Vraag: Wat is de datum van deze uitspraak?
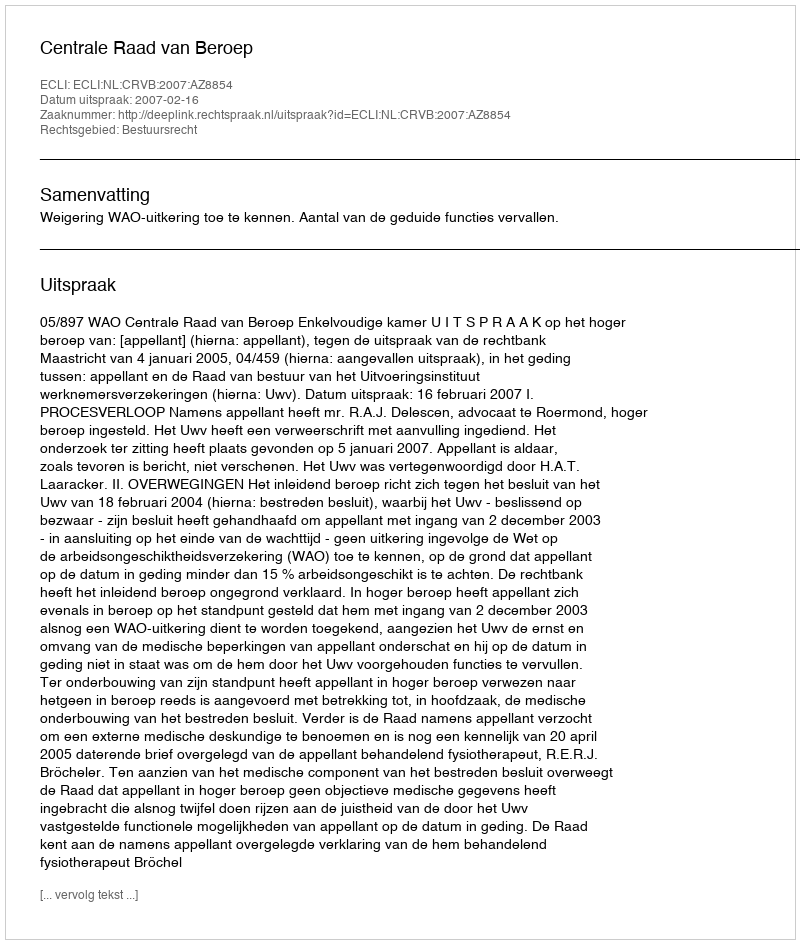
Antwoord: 2007-02-16